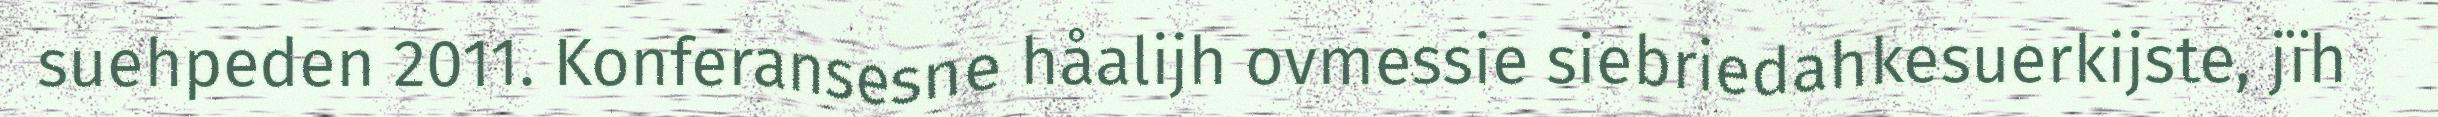
suehpeden 2011. Konferansesne håalijh ovmessie siebriedahkesuerkijste, jïh